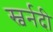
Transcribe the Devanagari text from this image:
स्वर्नदी